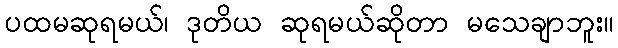
ပထမဆုရမယ်၊ ဒုတိယ ဆုရမယ်ဆိုတာ မသေချာဘူး။